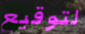
لتوقيع